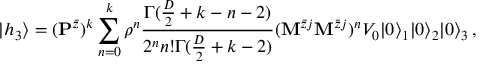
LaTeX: | h _ { 3 } \rangle = ( { \bf P } ^ { \bar { z } } ) ^ { k } \sum _ { n = 0 } ^ { k } \rho ^ { n } \frac { \Gamma ( \frac { D } { 2 } + k - n - 2 ) } { 2 ^ { n } n ! \Gamma ( \frac { D } { 2 } + k - 2 ) } ( { \bf M } ^ { \bar { z } j } { \bf M } ^ { \bar { z } j } ) ^ { n } V _ { 0 } | 0 \rangle _ { 1 } | 0 \rangle _ { 2 } | 0 \rangle _ { 3 } \, ,